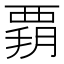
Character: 𧟶